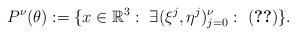
LaTeX: \begin{align*}P^\nu (\theta):=\{ x\in\mathbb{R}^3: \ \exists (\xi^j,\eta^j)_{j=0}^\nu: \ \eqref{eq:outer} \}.\end{align*}